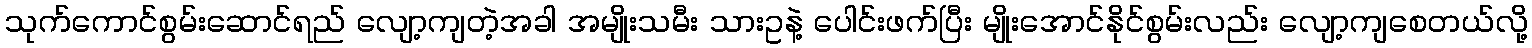
သုက်ကောင်စွမ်းဆောင်ရည် လျော့ကျတဲ့အခါ အမျိုးသမီး သားဥနဲ့ ပေါင်းဖက်ပြီး မျိုးအောင်နိုင်စွမ်းလည်း လျော့ကျစေတယ်လို့